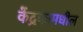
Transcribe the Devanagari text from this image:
केंद्रकामधील